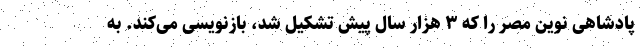
پادشاهی نوین مصر را که ۳ هزار سال پیش تشکیل شد، بازنویسی می‌کند. به